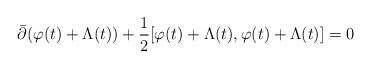
LaTeX: \begin{align*}\bar{\partial} (\varphi(t)+\Lambda(t))+\frac{1}{2}[\varphi(t)+\Lambda(t),\varphi(t)+\Lambda(t)]=0 \end{align*}